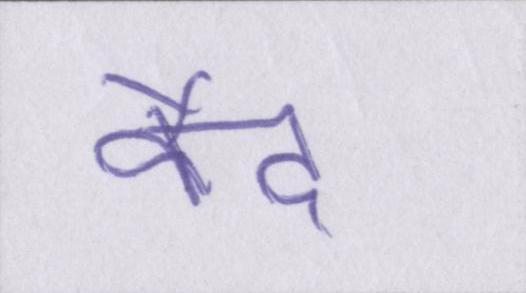
कैद